Indian journal of veterinary science and animal husbandry - Volumes 18-21, 1948-1951
Year: 1948
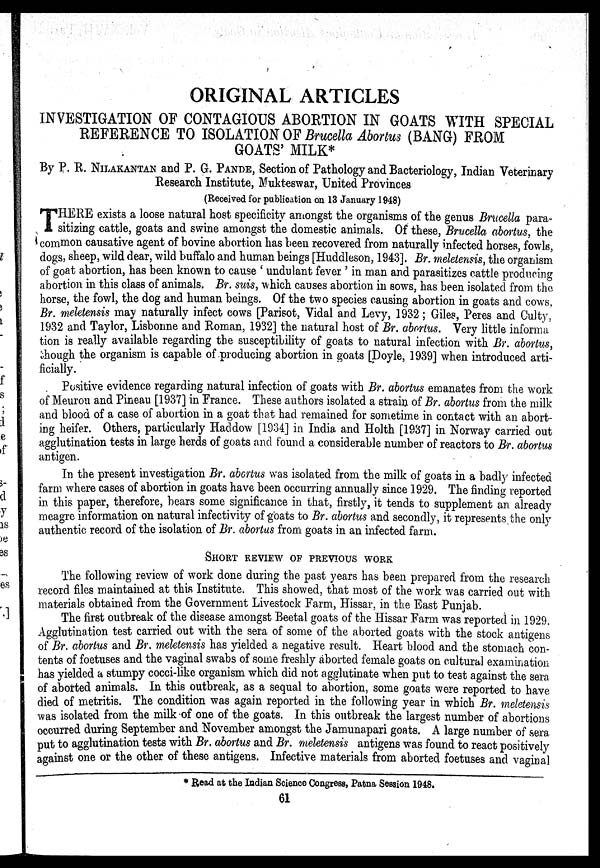
ORIGINAL ARTICLES
INVESTIGATION OF CONTAGIOUS ABORTION IN GOATS WITH SPECIAL
REFERENCE TO ISOLATION OF Brucella Abortus (BANG) FROM
GOATS' MILK*
By P. R. NILAKANTAN and P. G. PANDE, Section of Pathology and Bacteriology, Indian Veterinary
Research Institute, Mukteswar, United Provinces
(Received for publication on 13 January 1948)
T HERE exists a loose natural host specificity amongst the organisms of the genus Brucella para-
sitizing cattle, goats and swine amongst the domestic animals. Of these, Brucella abortus, the
common causative agent of bovine abortion has been recovered from naturally infected horses, fowls,
dogs, sheep, wild dear, wild buffalo and human beings [Huddleson, 1943]. Br. meletensis, the organism
of goat abortion, has been known to cause ' undulant fever ' in man and parasitizes cattle producing
abortion in this class of animals. Br. suis, which causes abortion in sows, has been isolated from the
horse, the fowl, the dog and human beings. Of the two species causing abortion in goats and cows,
Br. meletensis may naturally infect cows [Parisot, Vidal and Levy, 1932 ; Giles, Peres and Culty,
1932 and Taylor, Lisbonne and Roman, 1932] the natural host of Br. abortus. Very little informa
tion is really available regarding the susceptibility of goats to natural infection with Br. abortus,
though the organism is capable of producing abortion in goats [Doyle, 1939] when introduced arti-
ficially.
Positive evidence regarding natural infection of goats with Br. abortus emanates from the work
of Meurou and Pineau [1937] in France. These authors isolated a strain of Br. abortus from the milk
and blood of a case of abortion in a goat that had remained for sometime in contact with an abort-
ing heifer. Others, particularly Haddow [1934] in India and Holth [1937] in Norway carried out
agglutination tests in large herds of goats and found a considerable number of reactors to Br. abortus
antigen.
In the present investigation Br. abortus was isolated from the milk of goats in a badly infected
farm where cases of abortion in goats have been occurring annually since 1929. The finding reported
in this paper, therefore, bears some significance in that, firstly, it tends to supplement an already
meagre information on natural infectivity of goats to Br. abortus and secondly, it represents the only
authentic record of the isolation of Br. abortus from goats in an infected farm.
SHORT REVIEW OF PREVIOUS WORK
The following review of work done during the past years has been prepared from the research
record files maintained at this Institute. This showed, that most of the work was carried out with
materials obtained from the Government Livestock Farm, Hissar, in the East Punjab.
The first outbreak of the disease amongst Beetal goats of the Hissar Farm was reported in 1929.
Agglutination test carried out with the sera of some of the aborted goats with the stock antigens
of Br. abortus and Br. meletensis has yielded a negative result. Heart blood and the stomach con-
tents of foetuses and the vaginal swabs of some freshly aborted female goats on cultural examination
has yielded a stumpy cocci-like organism which did not agglutinate when put to test against the sera
of aborted animals. In this outbreak, as a sequal to abortion, some goats were reported to have
died of metritis. The condition was again reported in the following year in which Br. meletensis
was isolated from the milk of one of the goats. In this outbreak the largest number of abortions
occurred during September and November amongst the Jamunapari goats. A large number of sera
put to agglutination tests with Br. abortus and Br. meletensis antigens was found to react positively
against one or the other of these antigens. Infective materials from aborted foetuses and vaginal
* Read at the Indian Science Congress, Patna Session 1948.
61